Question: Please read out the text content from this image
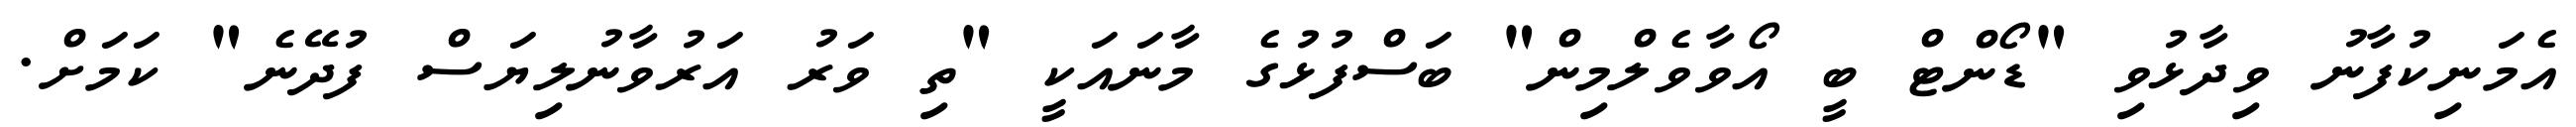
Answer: އެމަނިކުފާނު ވިދާޅުވި "ޑޯންޓް ބީ އޯވާވެލްމިން" ބަސްފުޅުގެ މާނައަކީ "ތި ވަރު އަރުވާނުލިޔަސް ފުދޭނެ" ކަމަށް.